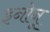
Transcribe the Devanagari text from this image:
इनोनू